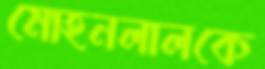
মোহনলালকে